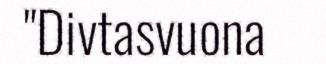
"Divtasvuona